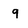
Character: q